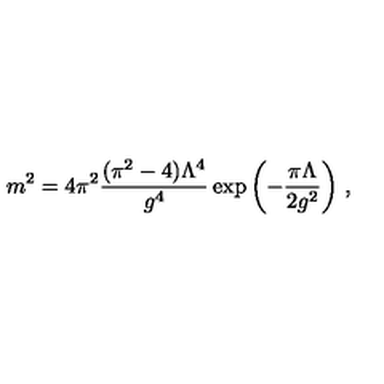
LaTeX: { m ^ { 2 } = { 4 \pi ^ { 2 } } \frac { ( \pi ^ { 2 } - 4 ) \Lambda ^ { 4 } } { g ^ { 4 } } \exp \left( - \frac { \pi \Lambda } { 2 g ^ { 2 } } \right) } \ ,